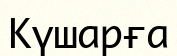
Күшарға